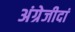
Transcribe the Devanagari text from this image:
अंग्रेजीदां